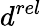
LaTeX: d^{rel}